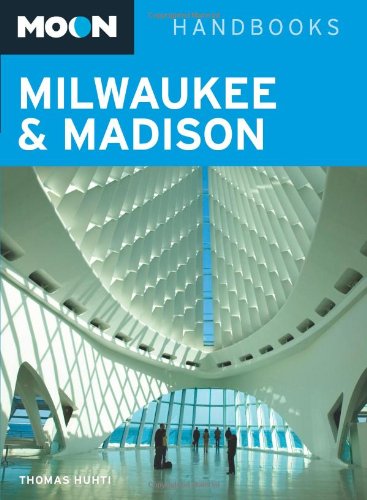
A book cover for Moon Milwaukee and Madison (Moon Handbooks); Thomas Huhti; Travel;